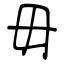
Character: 毋